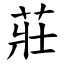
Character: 莊